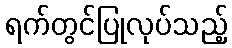
ရက်တွင်ပြုလုပ်သည့်